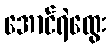
အောင်ရဲထွေး